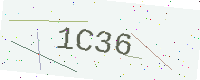
Text: 1C36